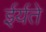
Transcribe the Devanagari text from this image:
ईर्यते